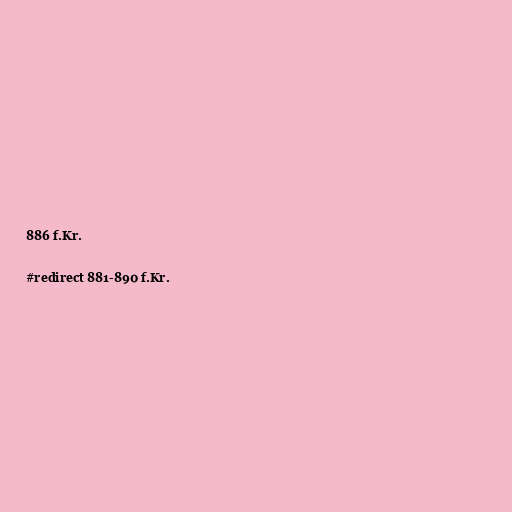
886 f.Kr.

#redirect 881-890 f.Kr.